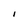
Character: i